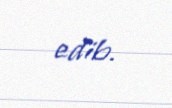
edib.